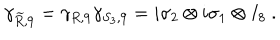
LaTeX: \gamma _ { { \widetilde R } , 9 } = \gamma _ { R , 9 } \gamma _ { S _ { 3 } , 9 } = i \sigma _ { 2 } \otimes i \sigma _ { 1 } \otimes I _ { 8 } ~ .